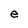
Character: e